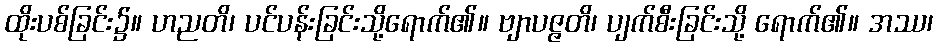
ထိုးပစ်ခြင်း၌။ ဟညတိ၊ ပင်ပန်းခြင်းသို့ရောက်၏။ ဗျာပဇ္ဇတိ၊ ပျက်စီးခြင်းသို့ ရောက်၏။ အဿ၊